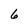
Character: 6